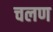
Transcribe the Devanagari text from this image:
चलण